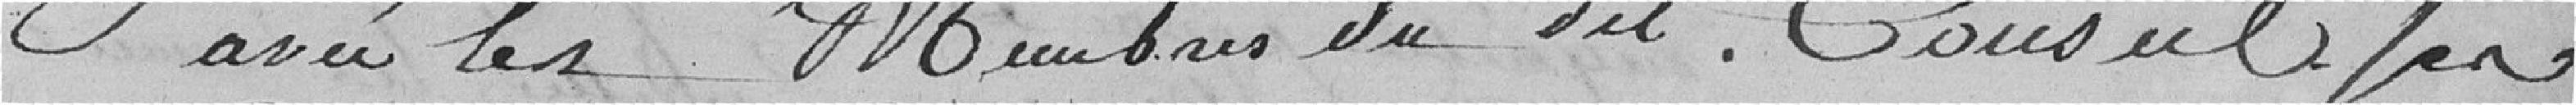
avec les Membres du dit Conseil des